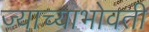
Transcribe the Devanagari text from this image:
ज्याच्याभोवती